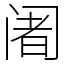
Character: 阇